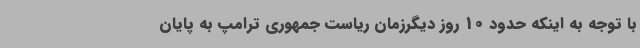
با توجه به اینکه حدود 10 روز دیگرزمان ریاست جمهوری ترامپ به پایان